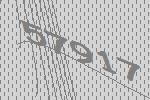
57917